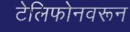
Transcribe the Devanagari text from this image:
टेलिफोनवरून